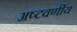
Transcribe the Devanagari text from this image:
अष्टवर्णीय